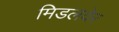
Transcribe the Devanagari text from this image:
मिडलवेर